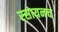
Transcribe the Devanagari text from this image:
रसायनच